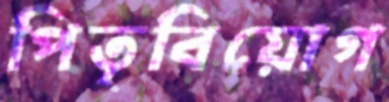
পিতৃবিয়োগ